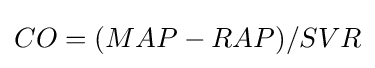
CO=(MAP-RAP)/SVR